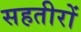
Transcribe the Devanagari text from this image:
सहतीरों